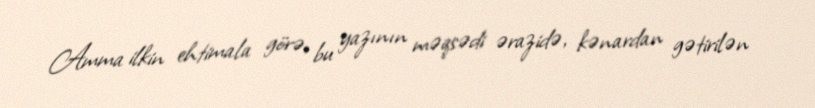
Amma ilkin ehtimala görə, bu yazının məqsədi ərazidə, kənardan gətirilən